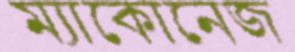
ম্যাকোনেজ